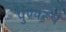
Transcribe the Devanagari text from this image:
पुण्यरूप